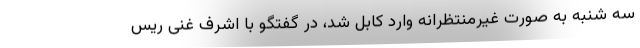
سه شنبه به صورت غیرمنتظرانه وارد کابل شد، در گفتگو با اشرف غنی ریس